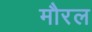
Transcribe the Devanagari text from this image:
मौरल